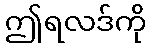
ဤရလဒ်ကို